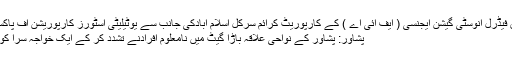
کے مطابق فیڈرل انوسٹی گیشن ایجنسی ( ایف آئی اے ) کے کارپوریٹ کرائم سرکل اسلام آبادکی جانب سے یوٹیلیٹی اسٹورز کارپوریشن آف پاکستان( یو ...
پشاور: پشاور کے نواحی علاقہ باڑا گیٹ میں نامعلوم افرادنے تشدد کر کے ایک خواجہ سرا کو قتل کردیا۔